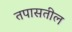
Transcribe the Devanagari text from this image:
तपासतील